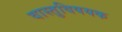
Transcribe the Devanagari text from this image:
वास्तुविषयक